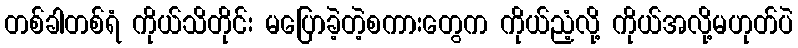
တစ်ခါတစ်ရံ ကိုယ်သိတိုင်း မပြောခဲ့တဲ့စကားတွေက ကိုယ်ညံ့လို့ ကိုယ်အလို့မဟုတ်ပဲ